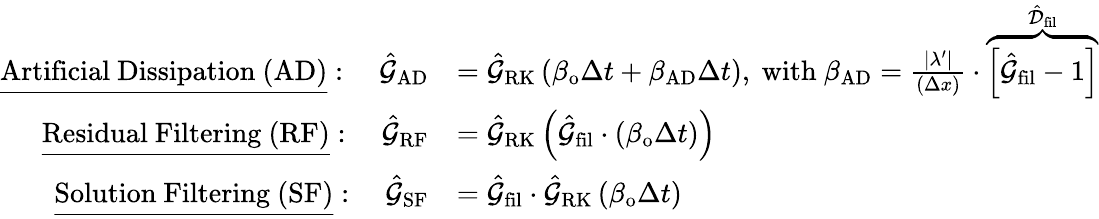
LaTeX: \begin{array}{rl}{\underline{{\mathrm{Artificial~Dissipation~(AD)}}}:\quad\hat{\mathcal{G}}_{\mathrm{AD}}}&{=\hat{\mathcal{G}}_{\mathrm{RK}}\left(\beta_{\mathrm{o}}\Delta t+\beta_{\mathrm{AD}}\Delta t\right),\ \mathrm{with}\ \beta_{\mathrm{AD}}=\frac{\lvert\lambda^{\prime}\rvert}{(\Delta x)}\cdot\overbrace{\left[\hat{\mathcal{G}}_{\mathrm{fil}}-1\right]}^{\hat{\mathcal{D}}_{\mathrm{fil}}}}\\ {\underline{{\mathrm{Residual~Filtering~(RF)}}}:\quad\hat{\mathcal{G}}_{\mathrm{RF}}}&{=\hat{\mathcal{G}}_{\mathrm{RK}}\left(\hat{\mathcal{G}}_{\mathrm{fil}}\cdot(\beta_{\mathrm{o}}\Delta t)\right)}\\ {\underline{{\mathrm{Solution~Filtering~(SF)}}}:\quad\hat{\mathcal{G}}_{\mathrm{SF}}}&{=\hat{\mathcal{G}}_{\mathrm{fil}}\cdot\hat{\mathcal{G}}_{\mathrm{RK}}\left(\beta_{\mathrm{o}}\Delta t\right)}\end{array}